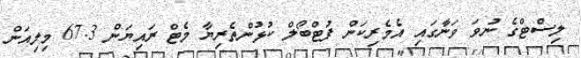
ލިސްޓްގެ ނުވަ ވަނާގައި އެމެރިކަން ފުޓްބޯލް ކުޅުންތެރިޔާ މެޓް ރައިޔަން 67.3 މިލިއަން